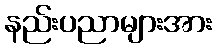
နည်းပညာများအား